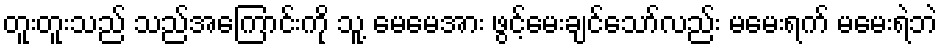
တူးတူးသည် သည်အကြောင်းကို သူ့ မေမေအား ဖွင့်မေးချင်သော်လည်း မမေးရက် မမေးရဲဘဲ